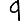
Digit: 9